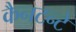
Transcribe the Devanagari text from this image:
कैनटन्टे